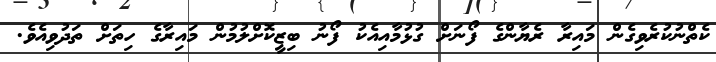
ކެތްނުކުރެވިގެން މައިރާ ރެޔާންގެ ފޯނަށް ގުޅުމާއިއެކު ފޯނު ބިޒީކޮށްލުމުން މައިރާގެ ހިތަށް ތަދުވިއެވެ.